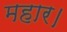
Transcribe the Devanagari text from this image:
महार।